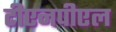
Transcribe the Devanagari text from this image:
टीएनपीएल